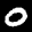
Label: 0